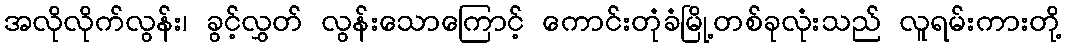
အလိုလိုက်လွန်း၊ ခွင့်လွှတ် လွန်းသောကြောင့် ကောင်းတုံခံမြို့တစ်ခုလုံးသည် လူရမ်းကားတို့